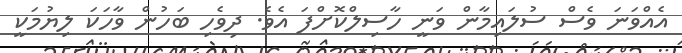
އެއްވަަނަ ވެސް ސުލައިމާން ވަނީ ހާސިލްކޮށްފަ އެވެ. ދިވެހި ބަހުން ވާހަކަ ލިޔުމަކީ